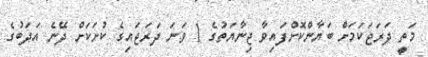
މަތީ ދަރަޖަކަމަށް ބަޔާންކޮށްފައިވާ ޖިނާޔަތުގެ 1 ވަނަ ދަރަޖައިގެ ކުށަކަށް ދޭނެ އަދަބުގެ